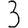
Digit: 3